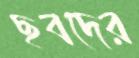
ছবদের